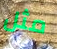
مثل